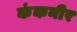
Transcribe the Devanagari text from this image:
कंकनीर